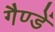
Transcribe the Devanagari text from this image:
गैण्डें